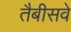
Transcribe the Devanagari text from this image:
तैबीसवे